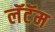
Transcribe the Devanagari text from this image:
लॅटॅम